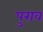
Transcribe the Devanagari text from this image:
पुराव